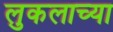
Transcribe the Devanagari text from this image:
लुकलाच्या